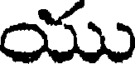
యు